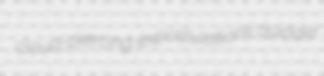
cloud-piercing expostulations quidder